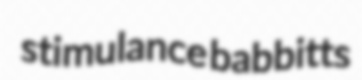
stimulance babbitts